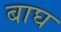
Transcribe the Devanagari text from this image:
बाघ्‍ा